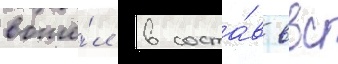
вошё́л в соста́в ввс